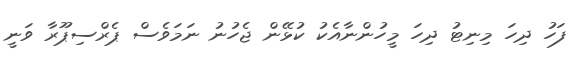
ފަހު ދިހަ މިނިޓު ދިހަ މީހުންނާއެކު ކުޅޭން ޖެހުނު ނަމަވެސް ޕެރްސިޕޫރާ ވަނީ